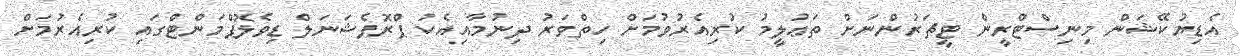
އެޑިޔުކޭޝަން މިނިސްޓްރީން ޓީޗަރުންނަށް ތަޢުލީމު ކުރިއެރުވުމަށް ހިތްވަރު ދިނުމާއިއެކު ޕްރޮފެޝަނަލް ޑިވެލޮޕްމަންޓްގައި ކުރިއެރުމަށް